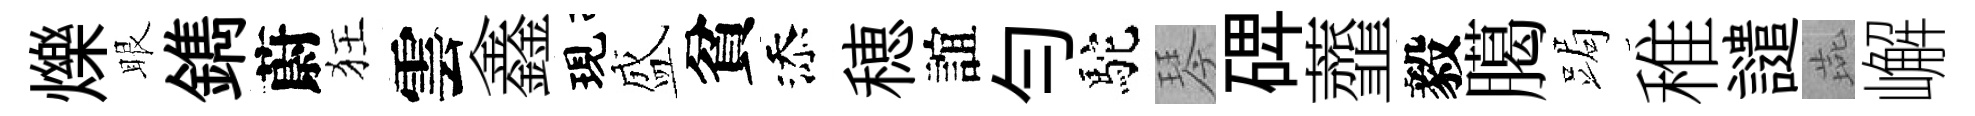
爍眼鐫蔚狂雲鑫現盛貧添穂誼匀駝琴𥓓虀毅臈跼稚譴燕嶰